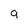
Character: 9